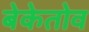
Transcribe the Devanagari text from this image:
बेकेतोव